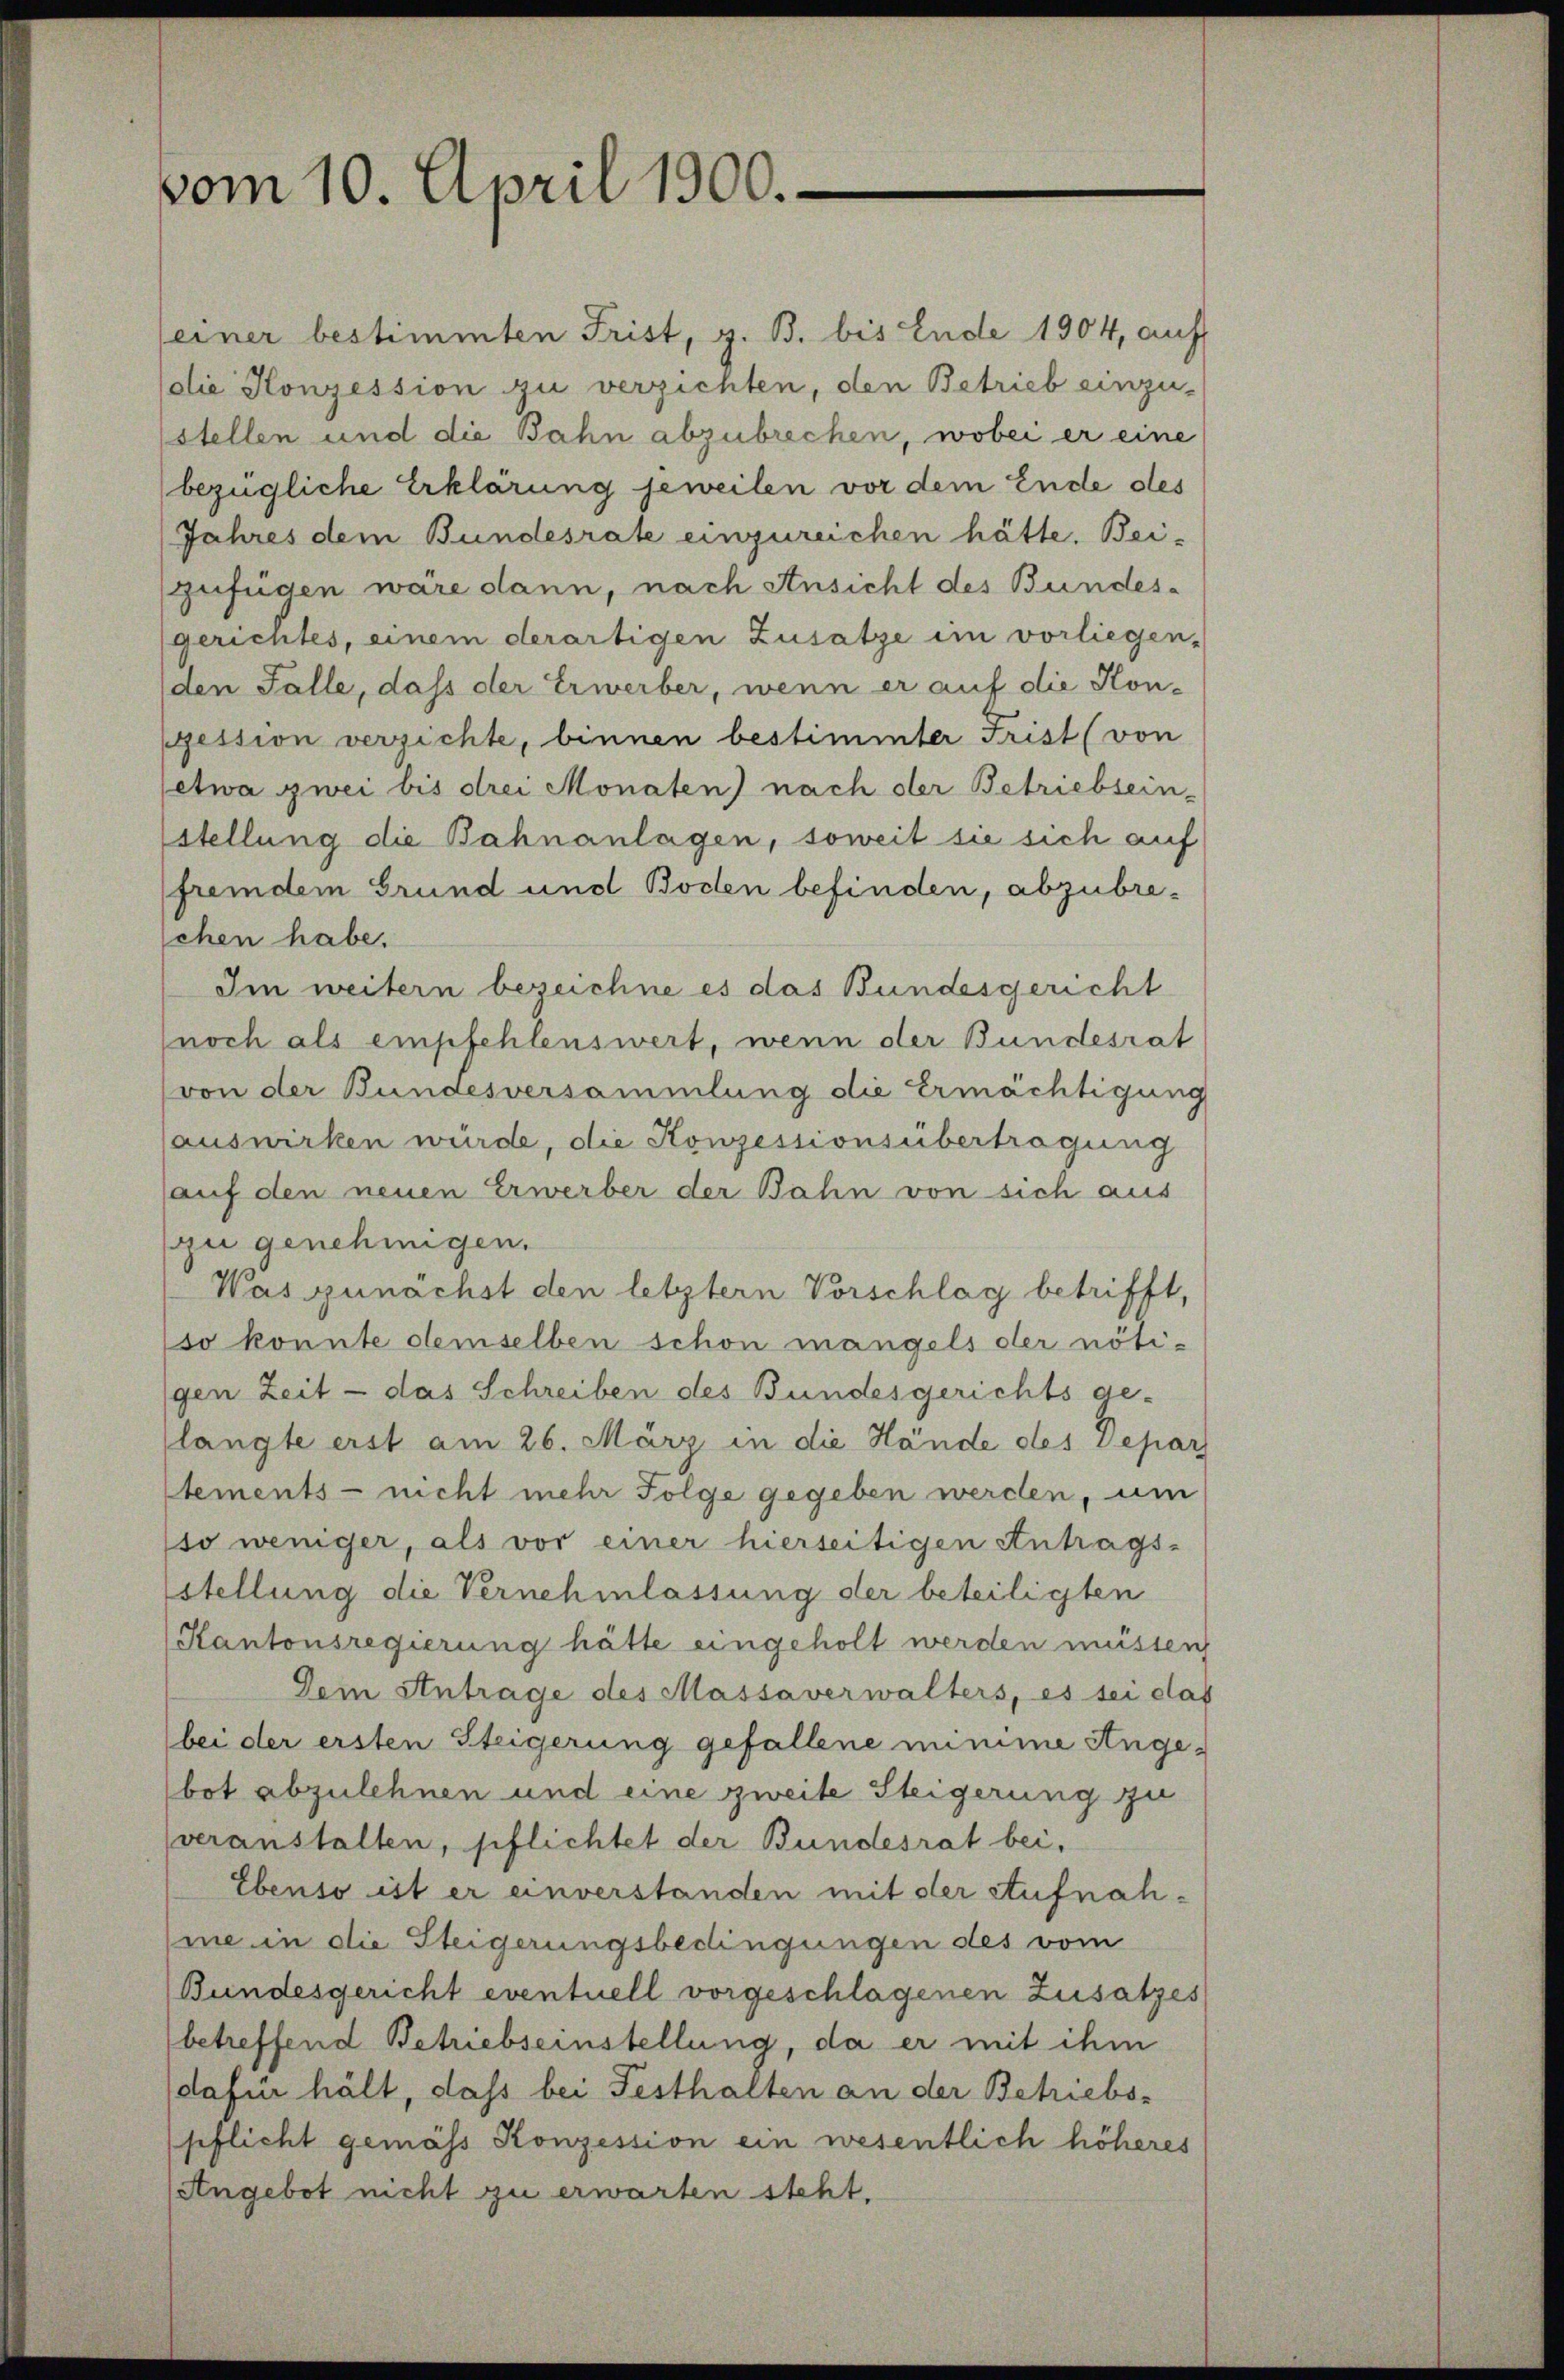
vom 10. April 1900.

einer bestimmten Frist, z. B. bis Ende 1904, auf
dlie Konzession zu verzichten, den Betrieb einzu-
stellen und die Bahn abzubrechen, wobei er eine
bezügliche Erklärung jeweilen vor dem Ende des
Jahres dem Bundesrate einzureichen hätte. Beizufügen wäre dann, nach Ansicht des Bundes-
gerichtes, einem derartigen Zusatze im vorliegen-
(den Falle, daß der Erwerber, wenn er auf die Konpession verzichte, binnen bestimmter Frist (von
etwa zwei bis drei Monaten) nach der Betriebsein-
stellung die Bahnanlagen, soweit sie sich auf
fremdem Grund und Boden befinden, abzubrechen habe.
Im weitern bezeichne es das Bundesgericht
(noch als empfehlenswert, wenn der Bundesrat
von der Bundesversammlung die Ermächtigung
auswirken würde, die Konzessionsübertragung
auf den neuen Erwerber der Bahn von sich aus
zu genehmigen.
Was zunächst den letztern Vorschlag betrifft,
so konnte demselben schon mangels der nötigen Zeit - das Schreiben des Bundesgerichts ge-
langte erst am 26. März in die Hände des Separ
tements - nicht mehr Folge gegeben werden, um
so weniger, als vor einer hierseitigen Antrags-
stellung die Vernehmlassung der beteiligten
Kantonsregierung hätte eingeholt werden müssen
Dem Antrage des Massaverwalters, es sei das
bei der ersten Steigerung gefallene minime Angebot abzulehnen und eine zweite Steigerung zu
veranstalten, pflichtet der Bundesrat bei,
Ebenso ist er anverstanden mit der Aufnahme in die Steigerungsbedingungen des vom
Bundesgericht eventuell vorgeschlagenen Zusatzes
betreffend Betriebseinstellung, da er mit ihm
dafür hält, dass bei Festhalten an der Betriebs-
pflicht gemäss Konzession ein wesentlich höheres
Angebot nicht zu erwarten steht.